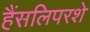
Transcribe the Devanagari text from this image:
हैंसलिपरशे